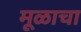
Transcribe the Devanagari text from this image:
मूळाचा